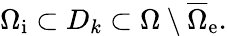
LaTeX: \Omega_{\mathrm{i}}\subset D_{k}\subset\Omega\setminus\overline{{\Omega}}_{\mathrm{e}}.